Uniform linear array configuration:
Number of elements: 16
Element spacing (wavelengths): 1
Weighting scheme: binomial
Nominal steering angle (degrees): -15
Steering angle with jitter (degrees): -13.811
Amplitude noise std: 0.05
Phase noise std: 0.05

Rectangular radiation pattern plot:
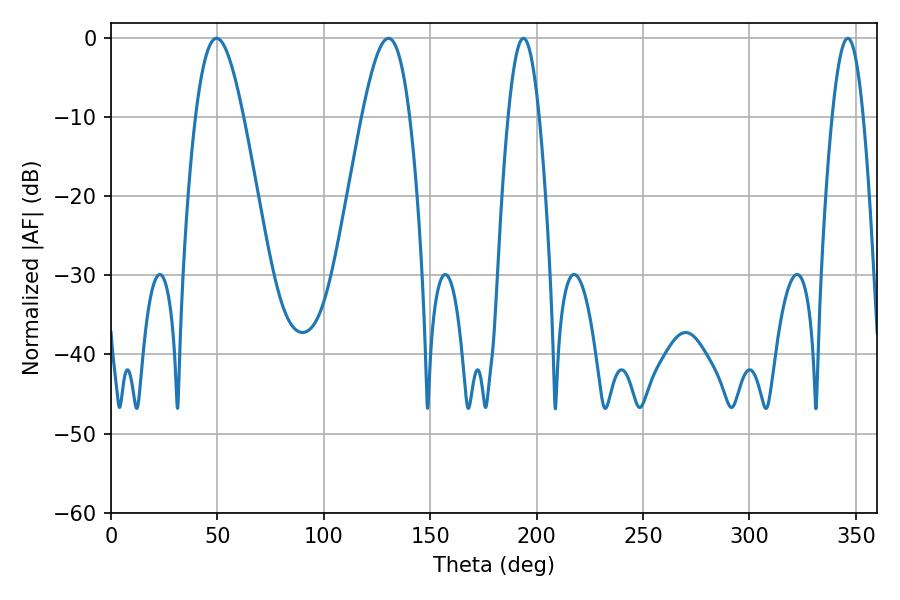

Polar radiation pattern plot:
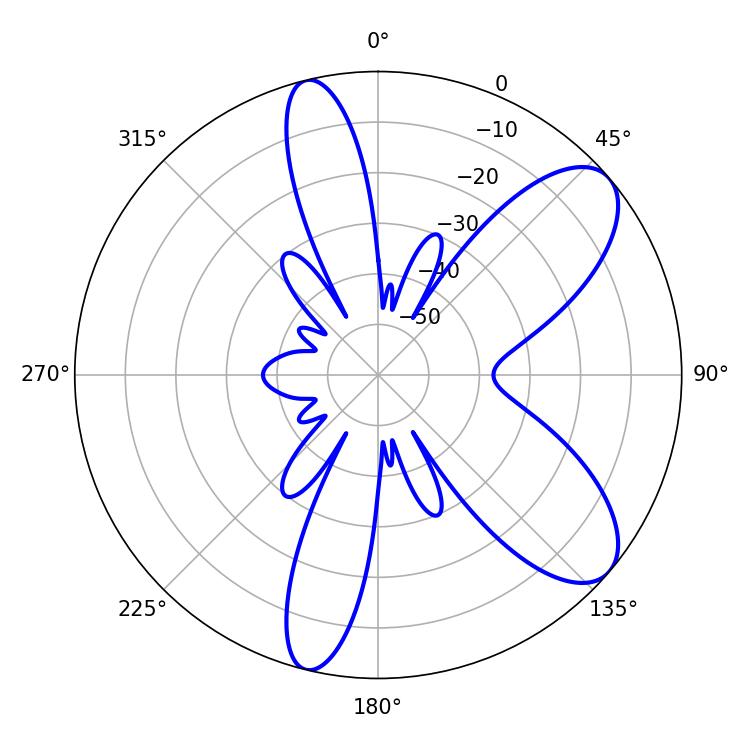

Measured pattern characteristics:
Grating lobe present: TRUE
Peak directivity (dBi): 8.513
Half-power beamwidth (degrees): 12.06
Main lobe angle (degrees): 49.68